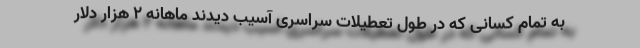
به تمام کسانی که در طول تعطیلات سراسری آسیب دیدند ماهانه 2 هزار دلار